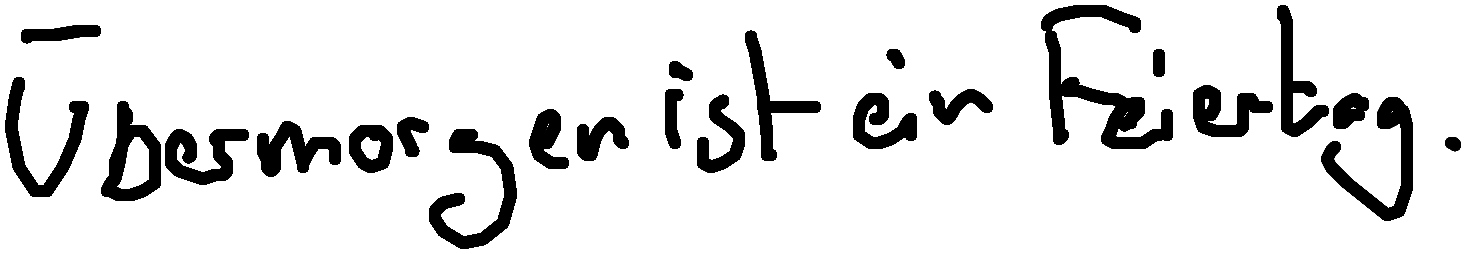
Übermorgen ist ein Feiertag.